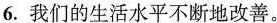
6.我们的生活水平不断地改善。